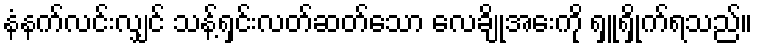
နံနက်လင်းလျှင် သန့်ရှင်းလတ်ဆတ်သော လေချိုအေးကို ရှူရှိုက်ရသည်။